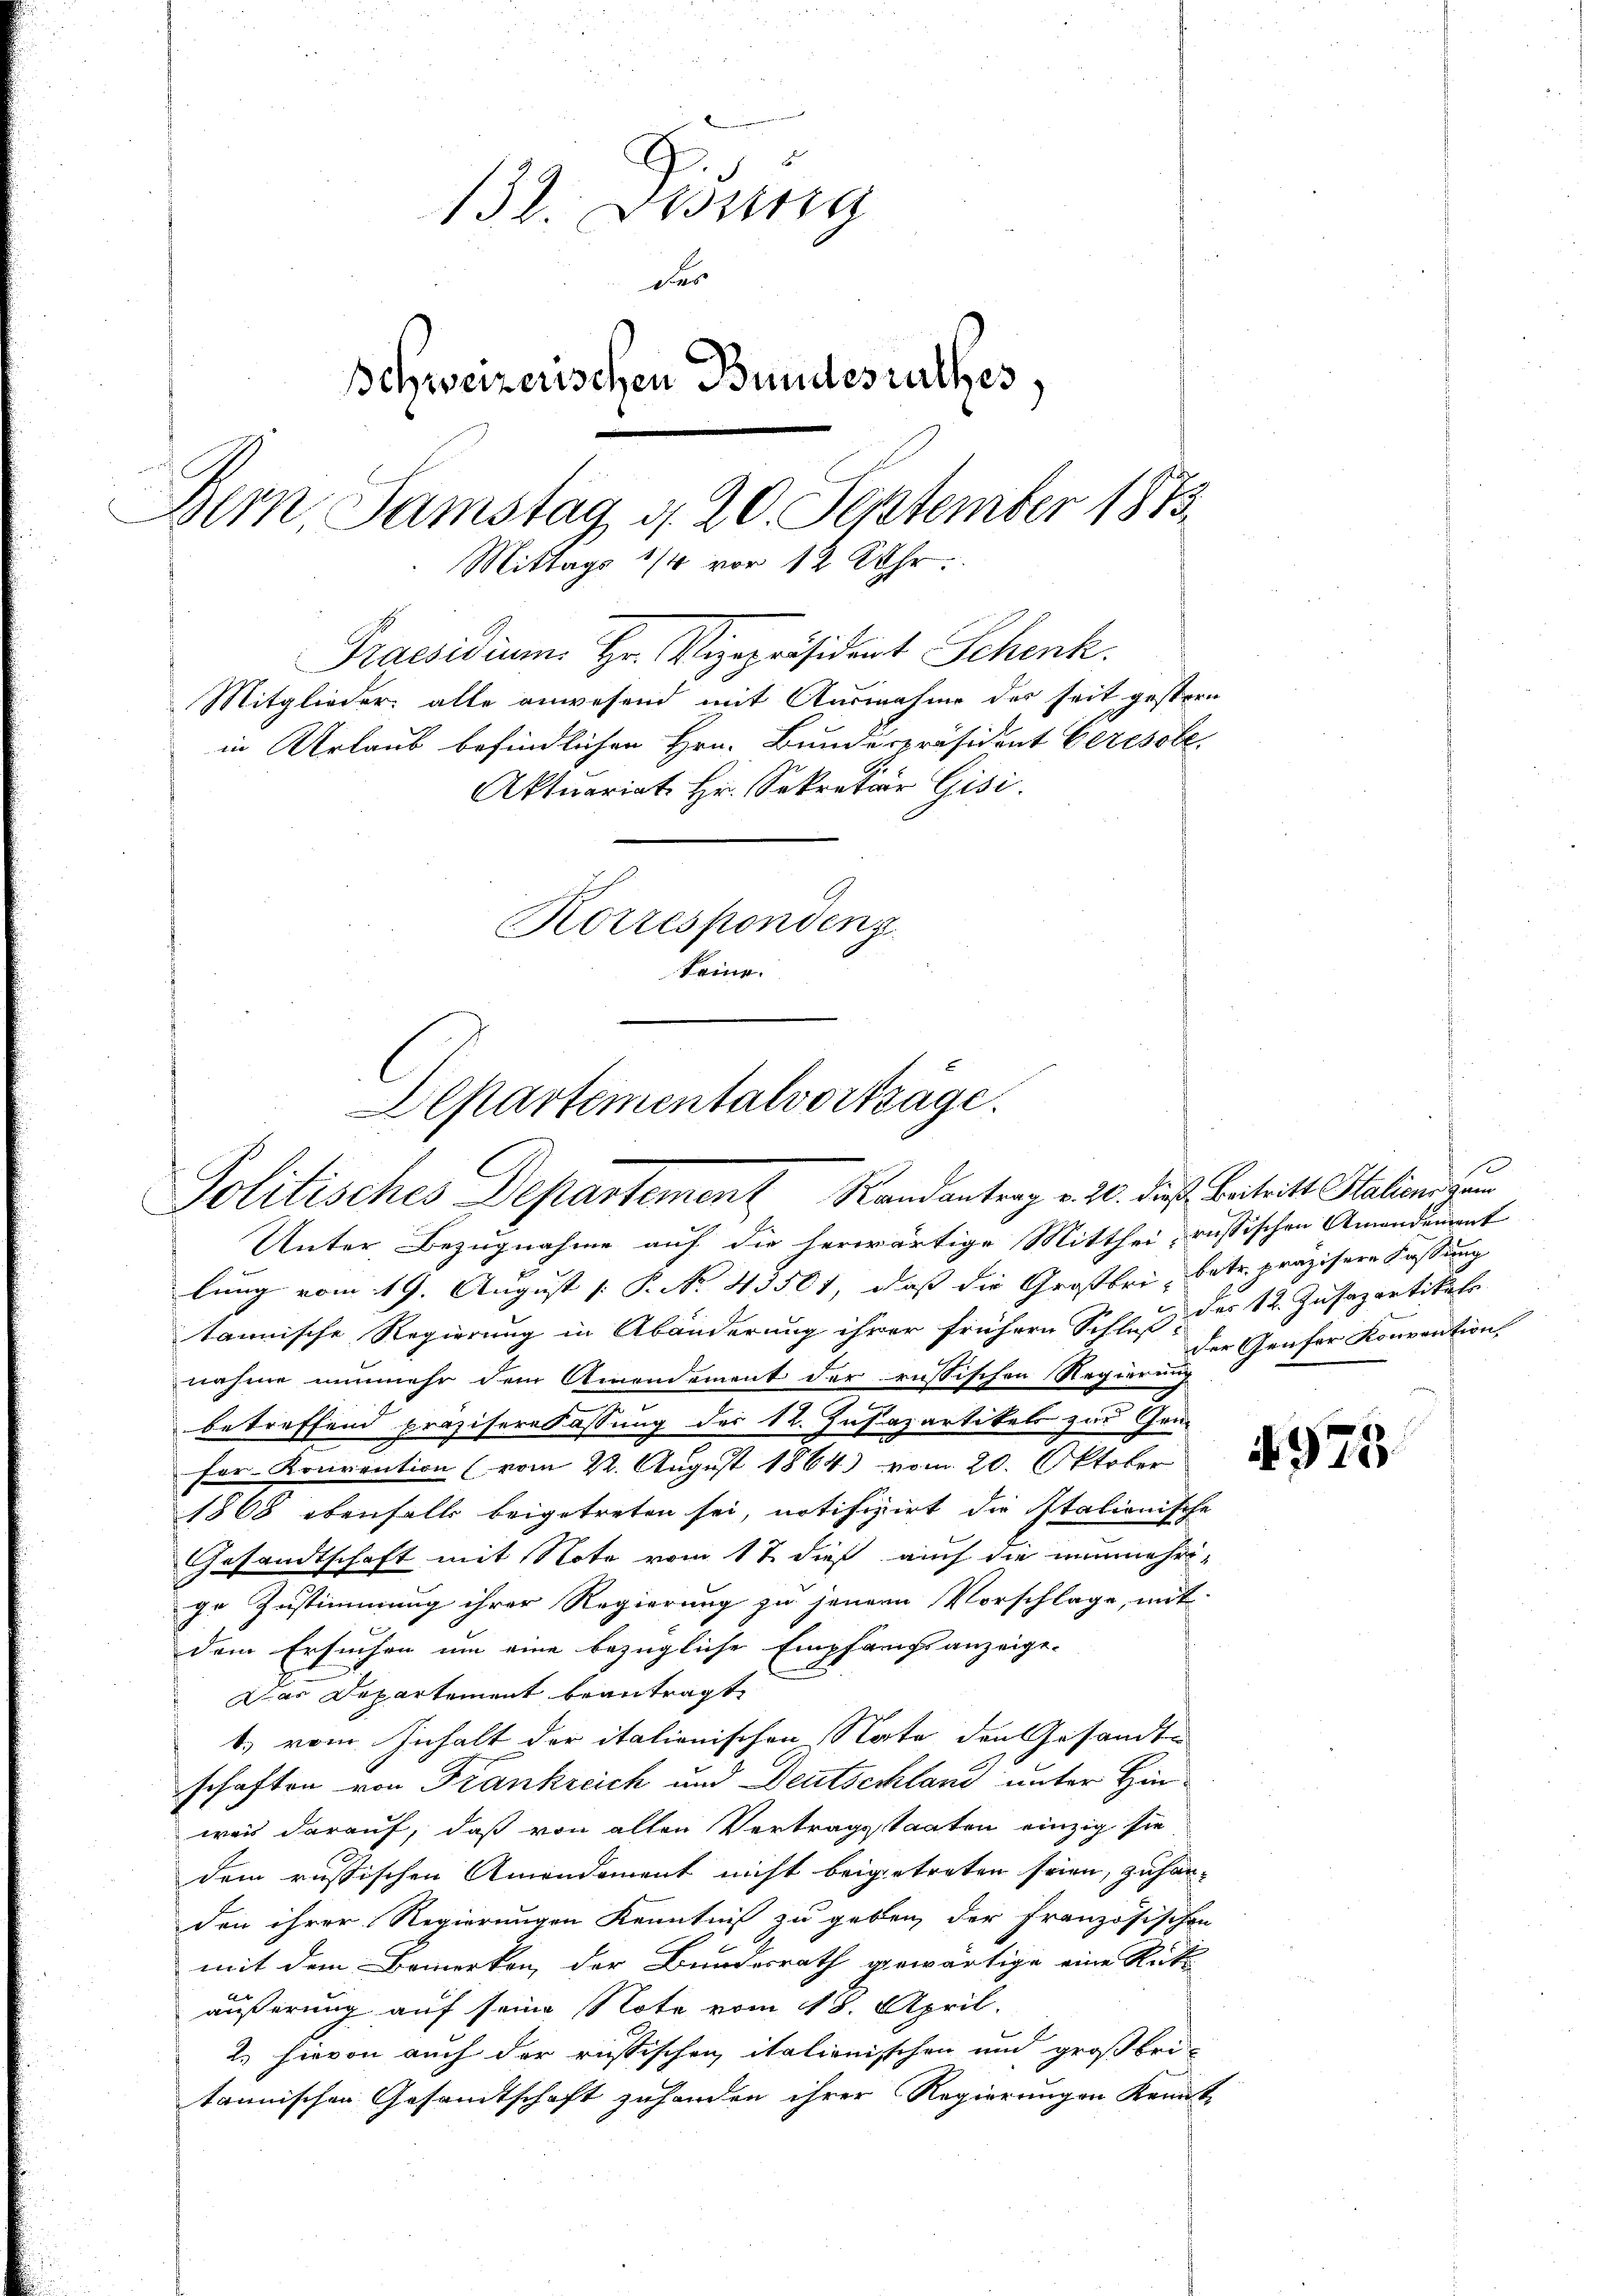
132. Didung
das
Schweizerischen Bundesrathes,
Bem, Samstag d. 20. September 1883.
Mittags 1/4 vor 12 Uhr.
Praesidium Hr. Vizepräsident Schenk.
Mitglieder alle anwesend mit Ausnahme des seit gestern
in Urlaub befindlichen Hrn. Bundespräsident Ceresobe
Aktuariat Hr. Sekretär Gisi
Korrespondenz
keine.

Departementalvorträge.
Politisches Departement Randantrag v. 20. dieß. Beitritt Stations zum

Unter Bezugnahme auf die herwärtige Mitthei- russischen Amandement
lung vom 19. August [ P. No 43501, daß die Großbri, betr. präzisere Fassung
tannische Regierung in Abänderung ihrer frühern Schluß des 12. Zusapartikels
nahme nunmehr dem Amendement der russischen Regierung
betreffend präzisere Fassung des 12. Justazartikels zur Gen¬
Fer-Konvention (vom 22. August 1864 vom 20. Oktober
1868 ebenfalls beigetreten sei, notifizirt die Italionische
Gesandtschaft mit Note vom 17. dieß auch die nunmehri-
ge Zustimmung ihrer Regierung zu jenem Vorschlage, mit
dem Ersuchen um eine bezügliche Empfangsanzeige-
Das Departement beantragt,
b. vom Inhalt der italienischen State den Gesandte
schaften von Frankreich und Deutschland unter Hinwais darauf, daß von alten Vertragsstaaten einzig sie
dem russischen Amondament nicht beigetreten seien, zu handen ihrer Regierungen Kenntniß zu geben, der Französischen
mit dem Bemerken, der Bundesrath gewärtige eine Rückb
äußerung auf seine Note vom 18. April.
2. hievon auch der russischen italienischen und großbri-
tannischen Gesandtschaft zuhanden ihrer Regierungen kannt

s
der Genfer Konvention

975.